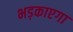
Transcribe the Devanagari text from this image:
भड़काएगा